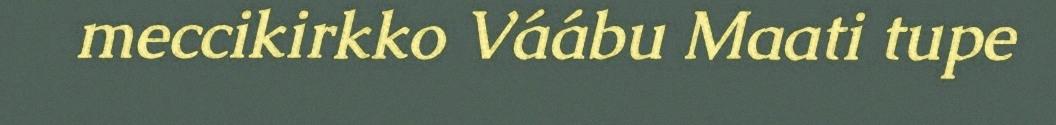
meccikirkko Váábu Maati tupe